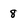
Character: 8